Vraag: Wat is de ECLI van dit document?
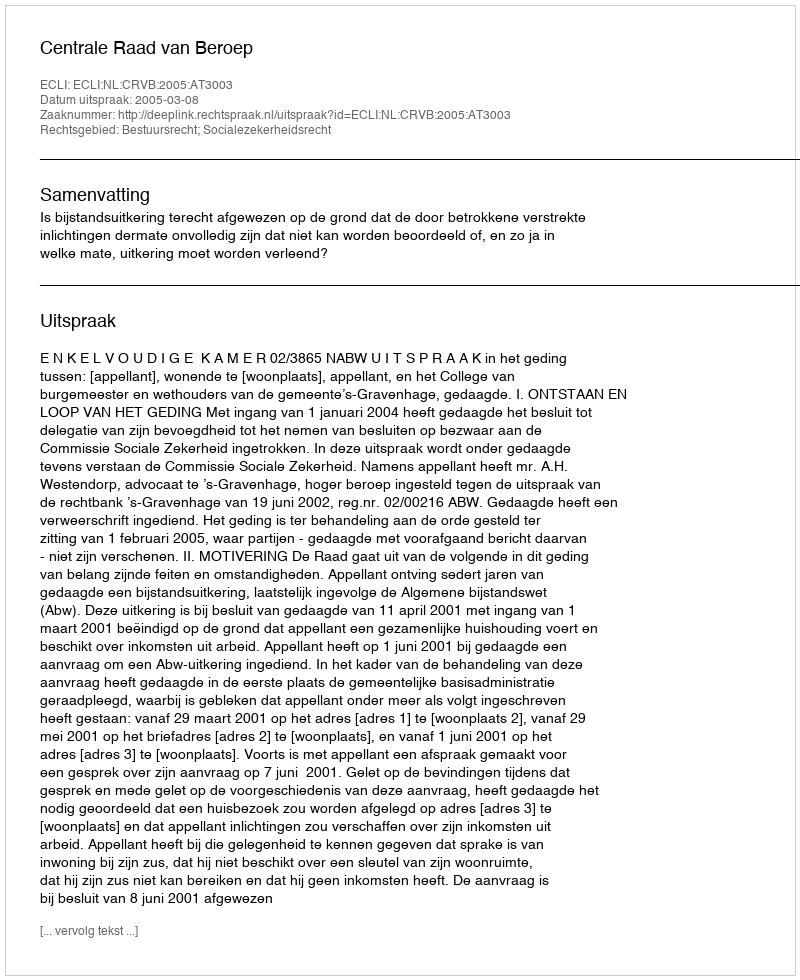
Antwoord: ECLI:NL:CRVB:2005:AT3003